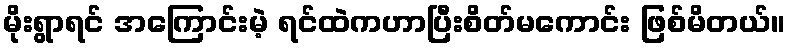
မိုးရွာရင် အကြောင်းမဲ့ ရင်ထဲကဟာပြီးစိတ်မကောင်း ဖြစ်မိတယ်။